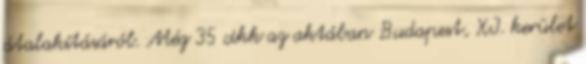
átalakításáról. Még 35 cikk az aktában Budapest, XI. kerület